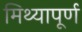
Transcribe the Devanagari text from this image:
मिथ्यापूर्ण